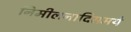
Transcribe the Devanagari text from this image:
निमीलनादिसमये